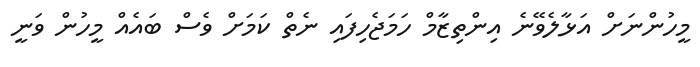
މީހުންނަށް އަޅާލެވޭނެ އިންތިޒާމް ހަމަޖެހިފައި ނެތް ކަމަށް ވެސް ބައެއް މީހުން ވަނީ